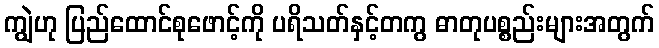
ကျွဲဟု ပြည်ထောင်စုဖောင့်ကို ပရိသတ်နှင့်တကွ ဓာတုပစ္စည်းများအတွက်